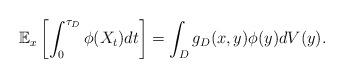
LaTeX: \begin{align*} \mathbb{E}_x\left[\int_0^{\tau_D}\phi(X_t)dt\right]=\int_{D}g_{D}(x,y)\phi(y)dV(y). \end{align*}